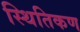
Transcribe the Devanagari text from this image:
स्थितिकण